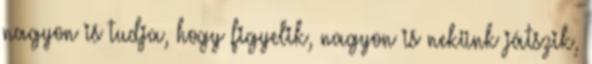
nagyon is tudja, hogy figyelik, nagyon is nekünk játszik,